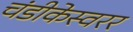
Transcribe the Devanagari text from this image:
चंडीकेस्वरर